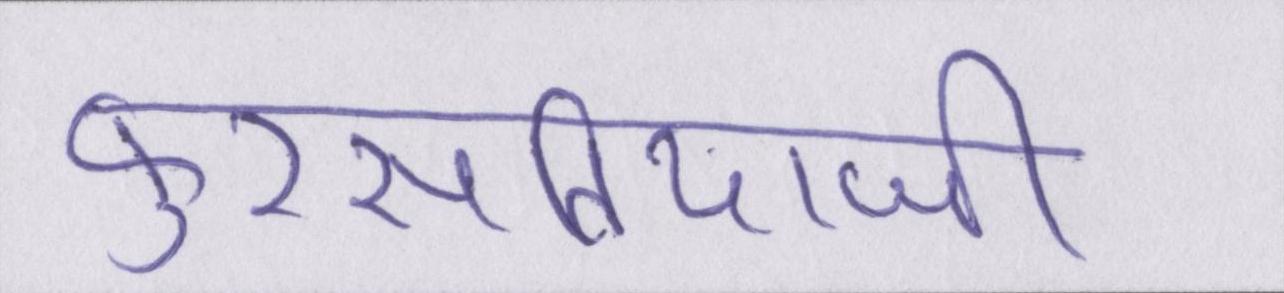
फुरसतियाजी